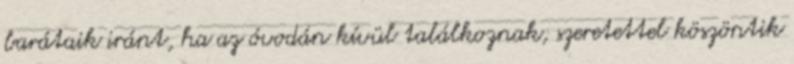
barátaik iránt, ha az óvodán kívül találkoznak, szeretettel köszöntik